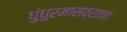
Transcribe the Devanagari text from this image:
धुंधुरमासव्रतात